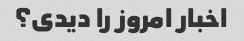
اخبار امروز را دیدی؟